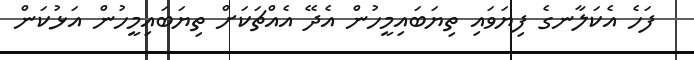
ފަހެ އެކަލާނގެ ފިޔަވައި ތިޔަބައިމީހުން އެދޭ އެއްޗަކަށް ތިޔަބައިމީހުން އަޅުކަން